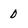
Character: 0